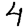
Digit: 4